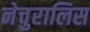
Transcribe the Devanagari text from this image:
नेचुरालिस